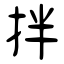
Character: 拌